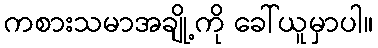
ကစားသမာအချို့ကို ခေါ်ယူမှာပါ။